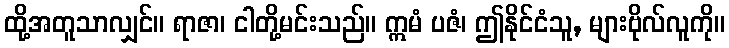
ထို့အတူသာလျှင်။ ရာဇာ၊ ငါတို့မင်းသည်။ ဣမံ ပဇံ၊ ဤနိုင်ငံသူ, များဗိုလ်လူကို။